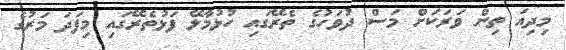
މިދިއަ ތިން ވަރަކަށް މަސް ދުވަހުގެ ތެރޭގައި ހުޅުމާލޭ ފަޅުތެރޭގައި މިފަދަ މަރުގެ